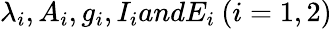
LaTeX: \lambda_{i},A_{i},g_{i},I_{i}andE_{i}\: (i=1,2)